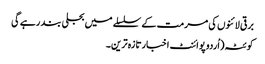
برقی لائنوں کی مرمت کے سلسلے میں بجلی بند رہے گی
کوئٹہ(اُردو پوائنٹ اخبارتازہ ترین۔